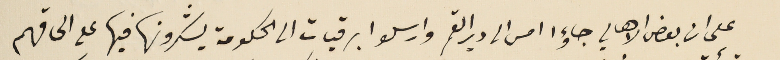
على ان بعض الاهالي جاؤا امس الى دير القمر وارسلوا برقيات الى الحكومة يشكرونها فيها على الحاقهم